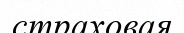
страховая